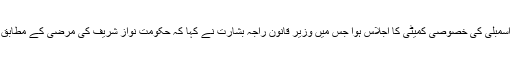
تفصیلات کے مطابق سابق وزیر اعظم کے علاج کے معاملے پر پنجاب اسمبلی کی خصوصی کمیٹی کا اجلاس ہوا جس میں وزیر قانون راجہ بشارت نے کہا کہ حکومت نواز شریف کی مرضی کے مطابق انہیں مزید بہتر طریقے سے علاج کی سہولیات فراہم کرنے کو تیار ہے۔